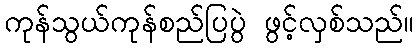
ကုန်သွယ်ကုန်စည်ပြပွဲ ဖွင့်လှစ်သည်။